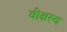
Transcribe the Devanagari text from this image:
वीक्षस्व